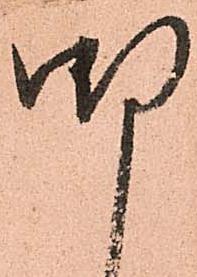
明